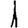
Digit: 1